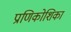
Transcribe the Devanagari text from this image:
प्राणिकोशिका